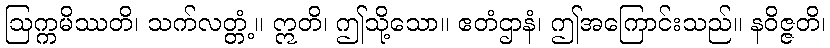
ဩက္ကမိဿတိ၊ သက်လတ္တံ့။ ဣတိ၊ ဤသို့သော။ ဧတံဌာနံ၊ ဤအကြောင်းသည်။ နဝိဇ္ဇတိ၊